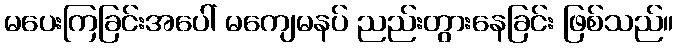
မပေးကြခြင်းအပေါ် မကျေမနပ် ညည်းတွားနေခြင်း ဖြစ်သည်။